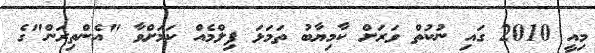
މިއީ 2010 ގައި ނުކުތް ވަރަށް ކާމިޔާބު ތަމަޅަ ފިލްމެއް ކަމަށްވާ "އެންތިރަން"ގެ